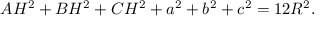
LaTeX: A H ^ { 2 } + B H ^ { 2 } + C H ^ { 2 } + a ^ { 2 } + b ^ { 2 } + c ^ { 2 } = 1 2 R ^ { 2 } .